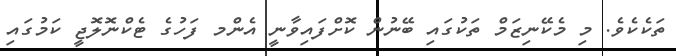
ތަކެކެވެ. މި މެކޭނިޒަމް ތަކުގައި ބޭނުން ކޮށްފައިވާނީ އެންމ ފަހުގެ ޓެކްނޮލޮޖީ ކަމުގައި